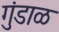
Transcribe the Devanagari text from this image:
गुंडाळ